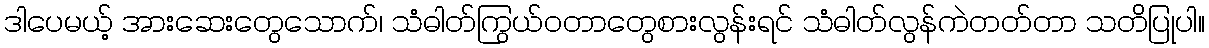
ဒါပေမယ့် အားဆေးတွေသောက်၊ သံဓါတ်ကြွယ်ဝတာတွေစားလွန်းရင် သံဓါတ်လွန်ကဲတတ်တာ သတိပြုပါ။